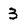
Character: 3